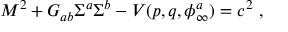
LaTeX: M ^ { 2 } + G _ { a b } \Sigma ^ { a } \Sigma ^ { b } - V ( p , q , \phi _ { \infty } ^ { a } ) = c ^ { 2 } \ ,